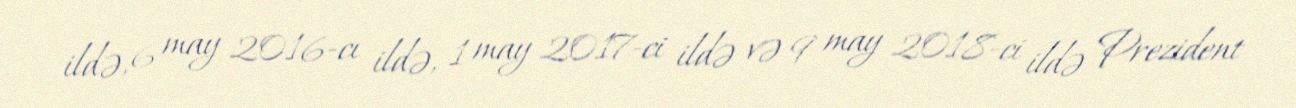
ildə, 6 may 2016-cı ildə, 1 may 2017-ci ildə və 9 may 2018-ci ildə Prezident